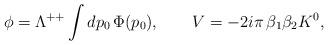
LaTeX: \begin{align*}\phi=\Lambda^{++}\int dp_0\,\Phi(p_0),\qquad V=-2i\pi\,\beta_1\beta_2K^0,\end{align*}